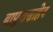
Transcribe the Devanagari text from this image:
बापुरासाहेब